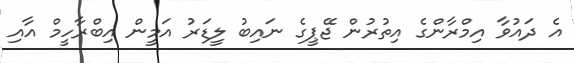
އެ ދައުވާ އިމްރާންގެ އިތުރުން ޖޭޕީގެ ނައިބު ލީޑަރު އަމީން އިބްރާހީމް އާއި